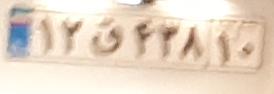
۱۳ق۴۳۸۱۰